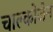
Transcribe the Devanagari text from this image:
चाल्कोजेन